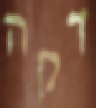
דקה